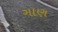
ગાણ